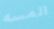
المسه